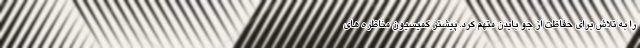
را به تلاش برای حفاظت از جو بایدن متهم کرد. پیشتر کمیسیون مناظره های